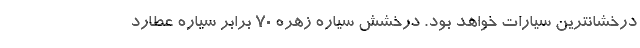
درخشانترین سیارات خواهد بود. درخشش سیاره زهره ۷۰ برابر سیاره عطارد